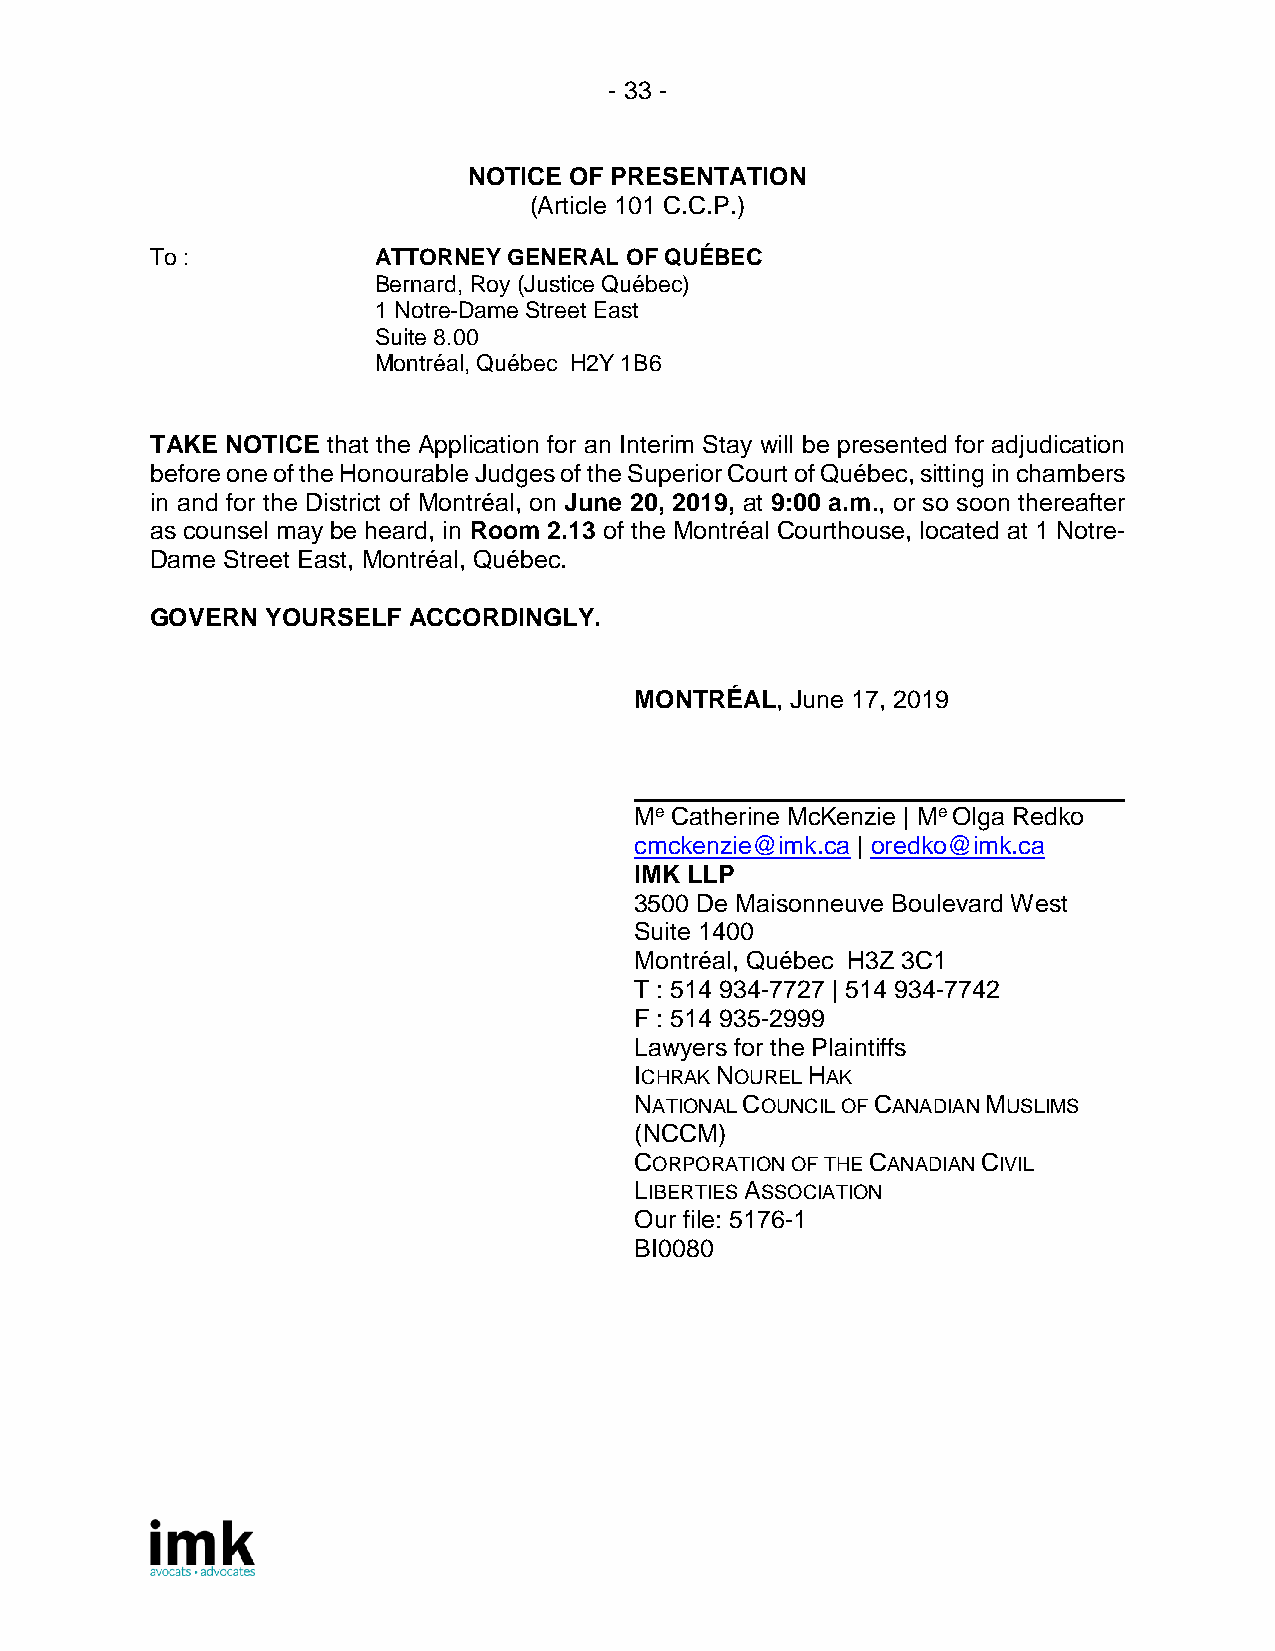
- 33 -
 NOTICE OF PRESENTATION
 (Article 101 C.C.P.)
 To :           ATTORNEY GENERAL OF QUÉBEC
 Bernard, Roy (Justice Québec)
 1 Notre-Dame Street East
 Suite 8.00
 Montréal, Québec H2Y 1B6
 TAKE NOTICE that the Application for an Interim Stay will be presented for adjudication
 before one of the Honourable Judges of the Superior Court of Québec, sitting in chambers
 in and for the District of Montréal, on June 20, 2019, at 9:00 a.m., or so soon thereafter
 as counsel may be heard, in Room 2.13 of the Montréal Courthouse, located at 1 Notre-
 Dame Street East, Montréal, Québec.
 GOVERN  YOURSELF ACCORDINGLY.
 MONTRÉAL, June 17, 2019
 Me Catherine McKenzie | Me Olga Redko
 cmckenzie@imk.ca | oredko@imk.ca
 IMK LLP
 3500 De Maisonneuve Boulevard West
 Suite 1400
 Montréal, Québec H3Z 3C1
 T : 514 934-7727 | 514 934-7742
 F : 514 935-2999
 Lawyers for the Plaintiffs
 ICHRAK NOUREL HAK
 NATIONAL COUNCIL OF CANADIAN MUSLIMS
 (NCCM)
 CORPORATION OF THE CANADIAN CIVIL
 LIBERTIES ASSOCIATION
 Our file: 5176-1
 BI0080